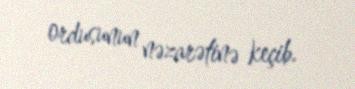
ordusunun nəzarətinə keçib.